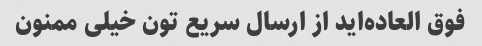
فوق العاده‌اید از ارسال سریع تون خیلی ممنون